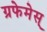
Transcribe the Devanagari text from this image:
ग्रफेमेस्